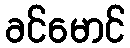
ခင်မောင်